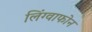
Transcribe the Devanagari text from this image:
लिंग्वाफोन